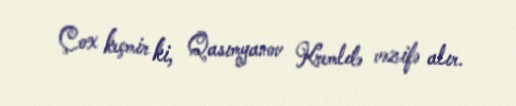
Çox keçmir ki, Qasımyanov Kremldə vəzifə alır.